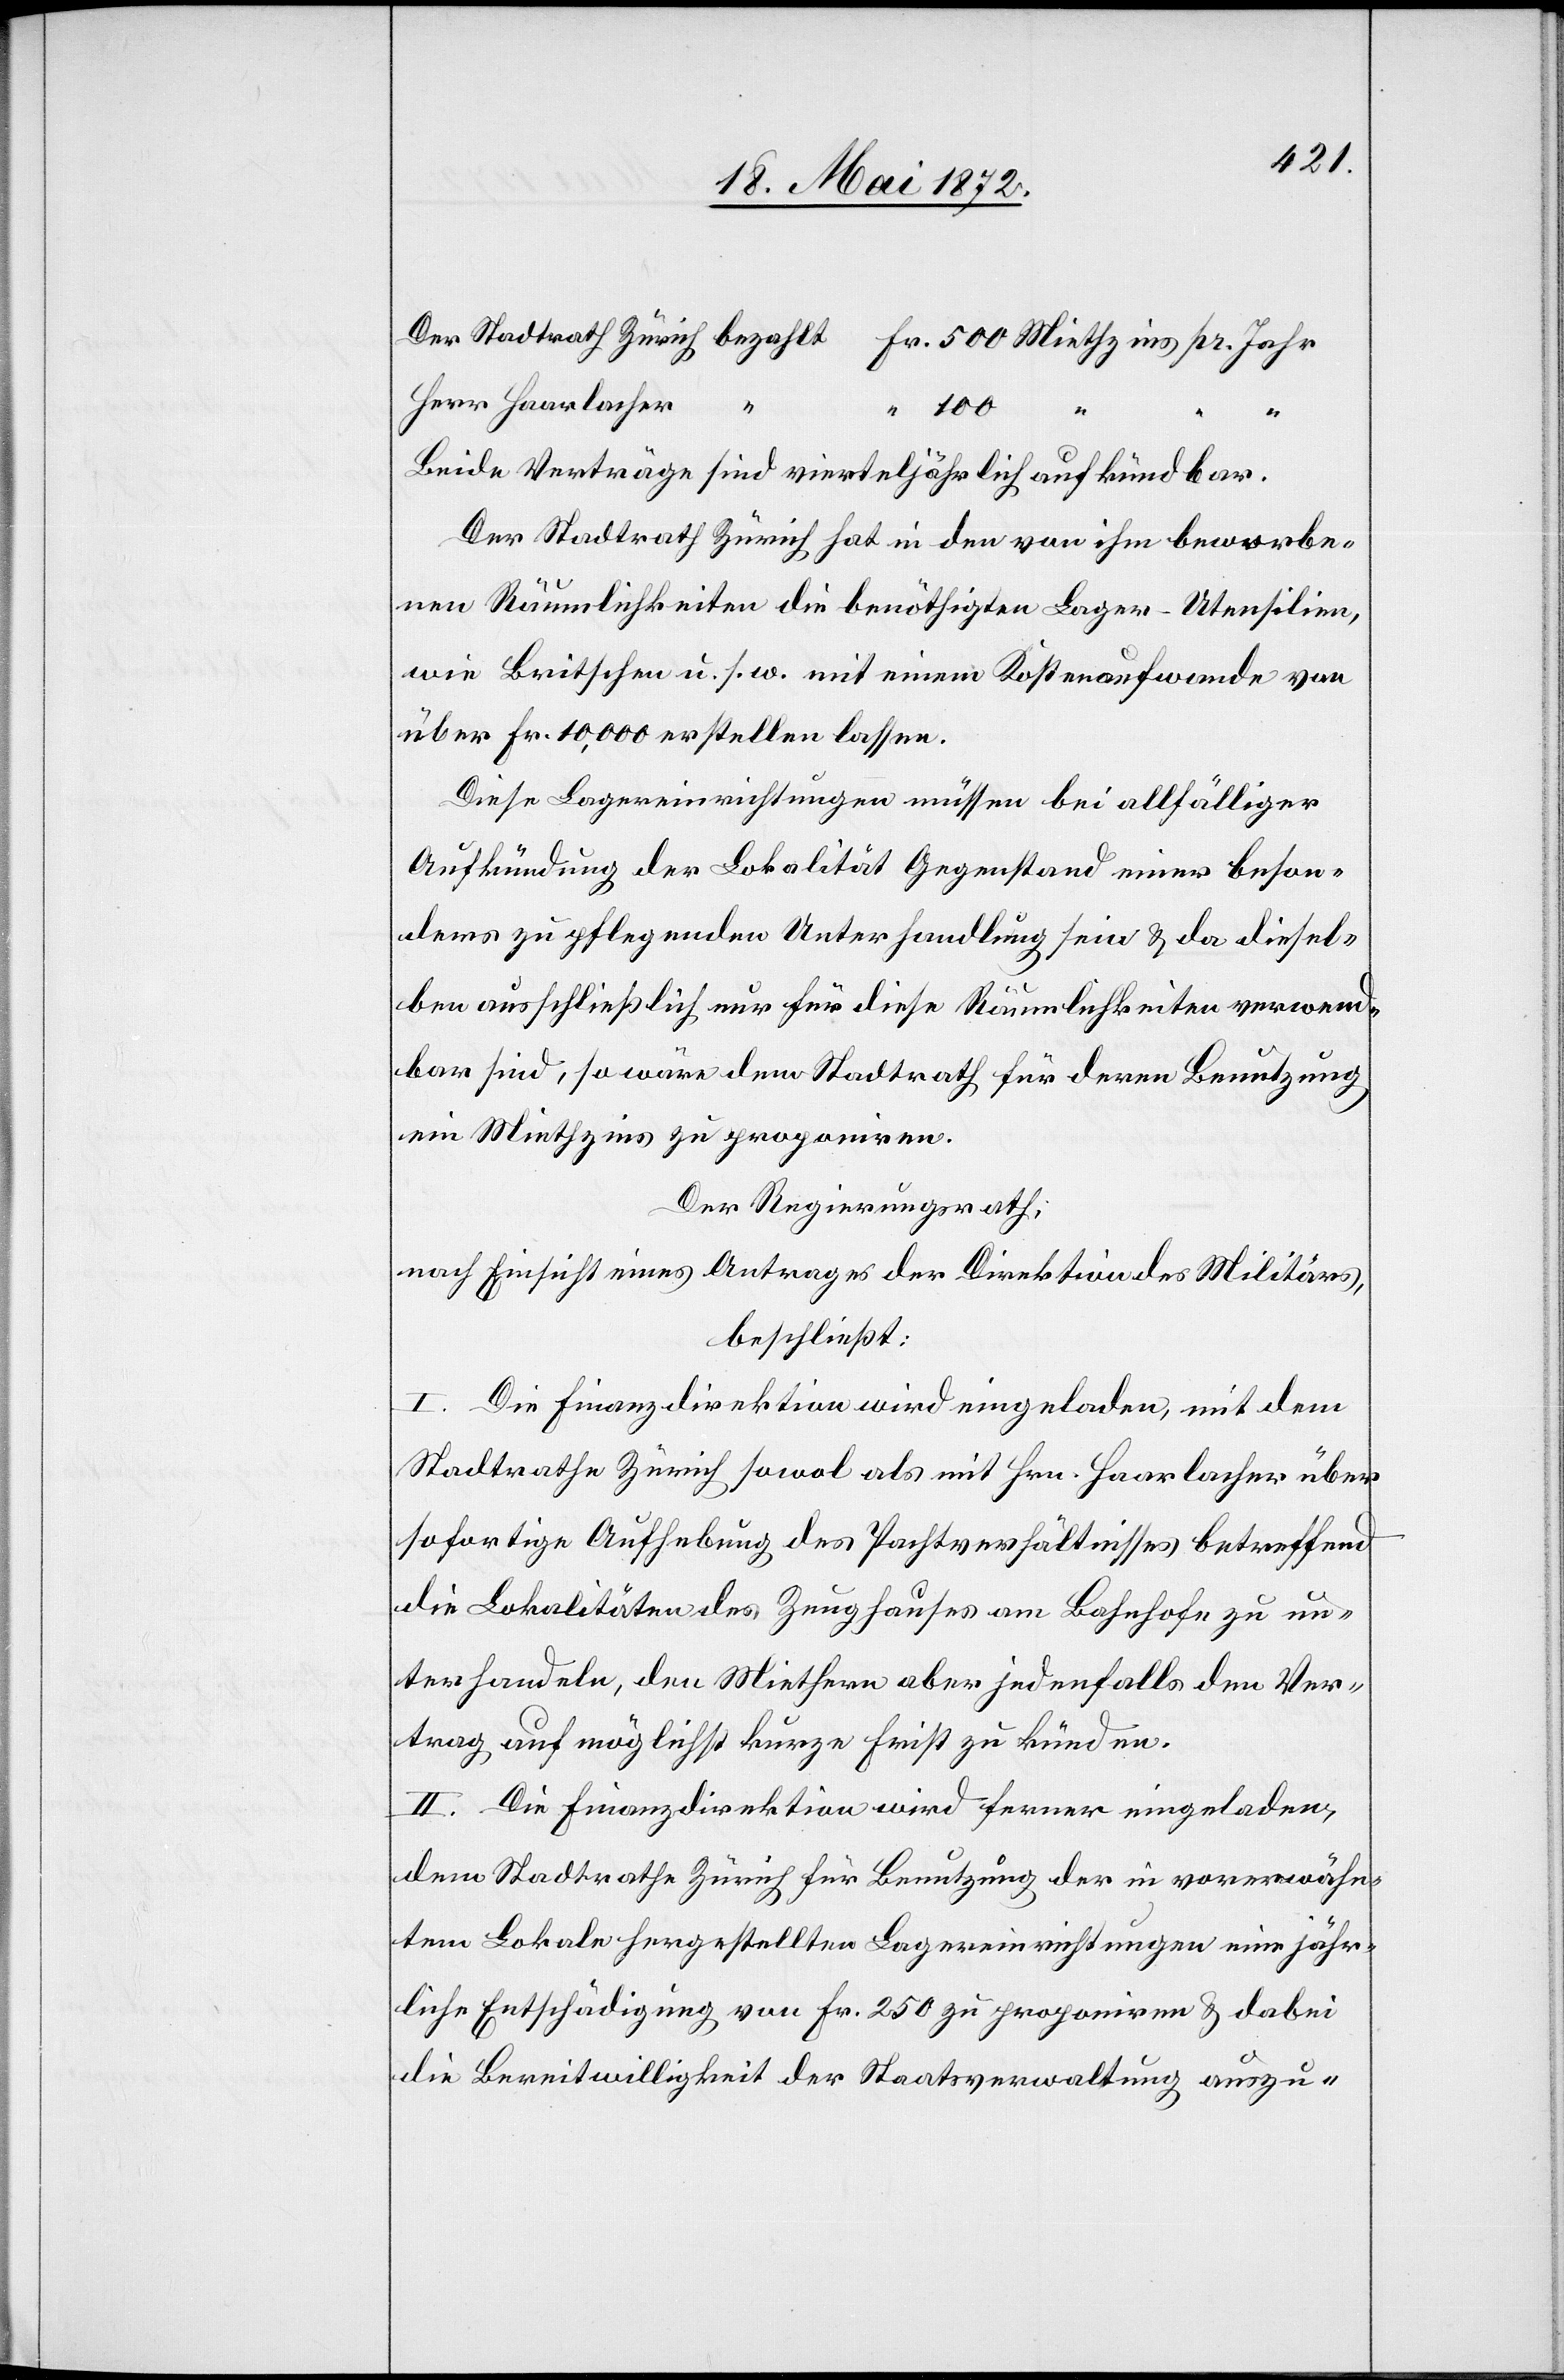
Herr Haarlacher
“
“ 100
“
Beide Verträge sind vierteljährlich aufkündbar.
Der Stadtrath Zürich hat in den von ihm beworbe¬
nen Räumlichkeiten die benöthigten Lager-Utensilien,
wie Britschen u. s. w. mit einem Kostenaufwande von
über Fr. 10,000 erstellen lassen.
Diese Lagereinrichtungen müssen bei allfälliger
Aufkündung der Lokalität Gegenstand einer beson¬
ders zu pflegenden Unterhandlung sein u. da diesel¬
ben ausschließlich nur für diese Räumlichkeiten verwend¬
bar sind, so wäre dem Stadtrath für deren Benutzung
ein Miethzins zu proponiren.
Der Regierungsrath,
nach Einsicht eines Antrages der Direktion des Militärs,
beschließt:
I. Die Finanzdirektion wird eingeladen, mit dem
Stadtrathe Zürich sowol als mit Hrn. Haarlacher über
sofortige Aufhebung des Pachtverhältnisses betreffend
die Lokalitäten des Zeughauses am Bahnhofe zu un¬
terhandeln, den Miethern aber jedenfalls den Ver¬
trag auf möglichst kurze Frist zu künden.
II. Die Finanzdirektion wird ferner eingeladen,
dem Stadtrathe Zürich für Benutzung der in vorerwähn¬
tem Lokale hergestellten Lagereinrichtungen eine jähr¬
liche Entschädigung von Fr. 250 zu proponiren u. dabei
die Bereitwilligkeit der Staatsverwaltung auszu-